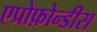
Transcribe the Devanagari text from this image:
एप्रोफ़ोन्डीस